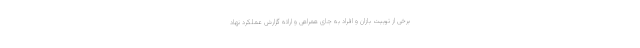
برخی از توییت بازان و افراد به جای همراهی و ارائه گزارش عملکرد نهاد